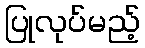
ပြုလုပ်မည့်